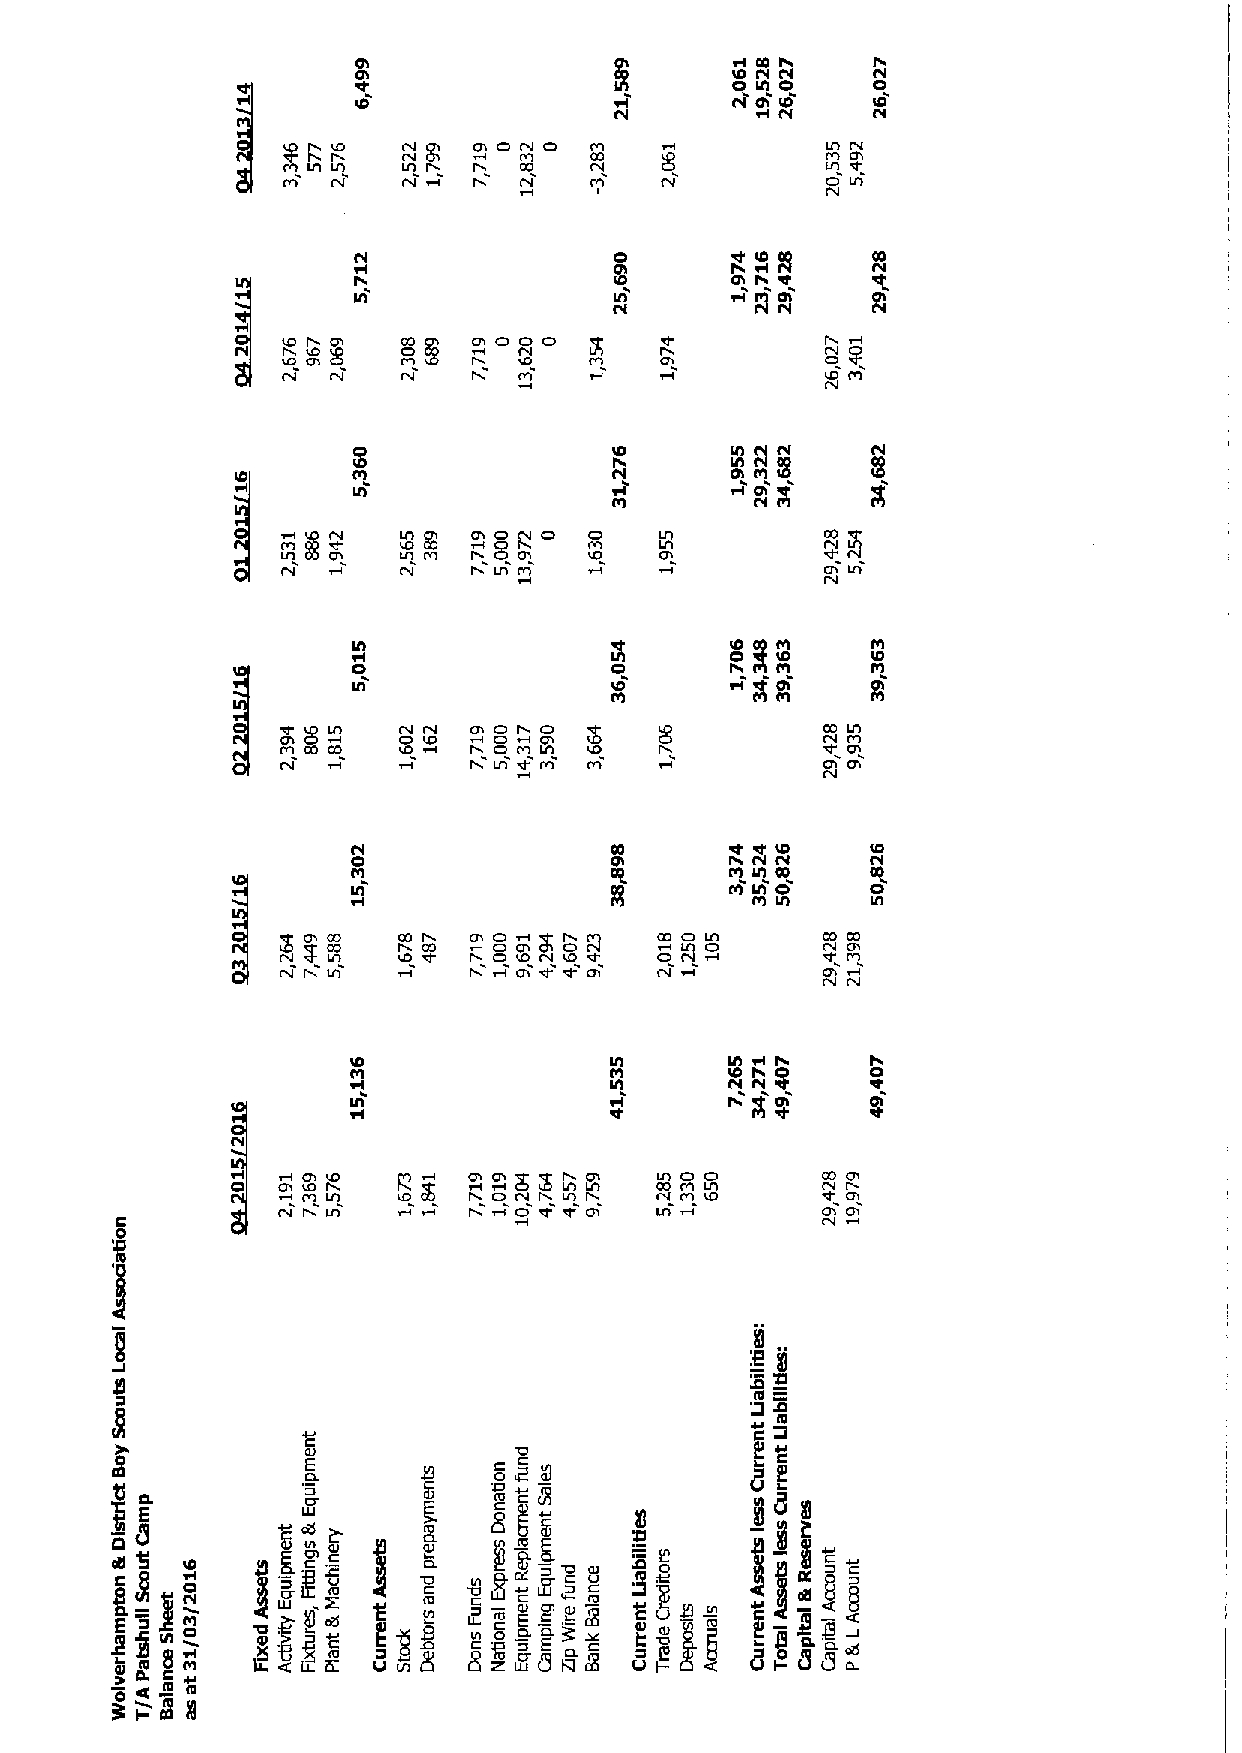
rl IO h
 I0O hl C0C 0
 lh
 ht Ol IO  IOI
 CI    CV
 C thV g
 I
 O If O C CCt O g
 CV
 8          I m thh C CC tt
 M  CV                               O IA
 CV
 Cl
 lh                          Ol
 0 0 0
 Cff     X    K          oV
 CV
 CV Ct   Ct  I  M    M               fCI m
 fV
 IO     lh g hl
 CC     Ol M
 Ol
 N   ll1 g Ol O P O O
 g
 CC            IA M
 Ih
 0
 lh               IO      rl g Ol
 M
 0  0
 N O PD Cl+hV CH Iff D0 thCw MdMCtlf f1 Mfh C CdC t l M Ch lf
 I                       Ol Of
 CV
 ddlh
 C0V                                IO
 CC
 Ch lh CO  00
 lh                       Cfl Ih g
 Ih
 0           0
 CV
 O $l C IAC Ch
 D
 Ih     I CC VI C CC
 fl
 I Ih                   CC         CV N
 IO               lh      lh j
 CC               M
 Ih      CI ht
 Ih               d          Ol
 Ol $ $ I Of tlf O O  CC Ol
 ~OddO     t Ct Cf M M L IGh 'll Cfl
 N I tff      I                      Of Of
 CV
 '00 Xl
 'QCC
 CC
 CC
 P sr
 jR
 5j
 i
 E
 I OSM
 Cl C0L 9 e
 0 ~I-8$